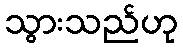
သွားသည်ဟု